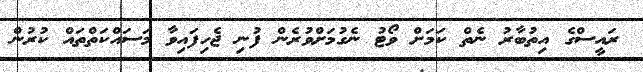
ރައީސްގެ އިތުބާރު ނެތް ކަމަށް ވޯޓު ނެގުމަށްވުރެން ފުނި ޖެހިފައިވާ މަސައްކަތްތައް ކުރުން